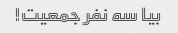
بیا سه نفر جمعیت!